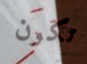
تكون